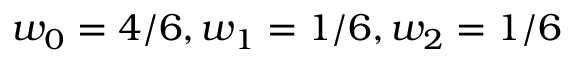
w _ { 0 } = 4 / 6 , w _ { 1 } = 1 / 6 , w _ { 2 } = 1 / 6